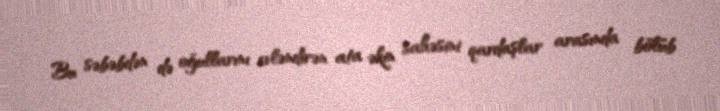
Bu səbəbdən də oğullarını evləndirən ata əkin sahəsini qardaşlar arasında bölüb